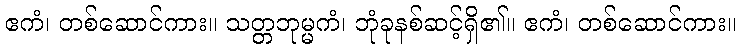
ဧကံ၊ တစ်ဆောင်ကား။ သတ္တဘုမ္မကံ၊ ဘုံခုနစ်ဆင့်ရှိ၏။ ဧကံ၊ တစ်ဆောင်ကား။